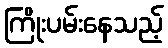
ကြိုးပမ်းနေသည့်